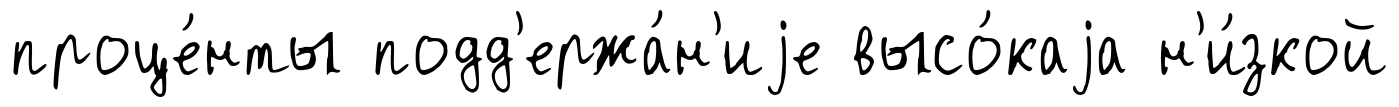
проце́нты подд'ержа́н'иjе высо́каjа н'и́зкой